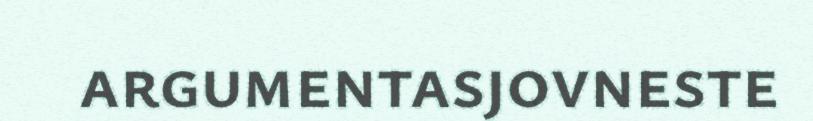
argumentasjovneste